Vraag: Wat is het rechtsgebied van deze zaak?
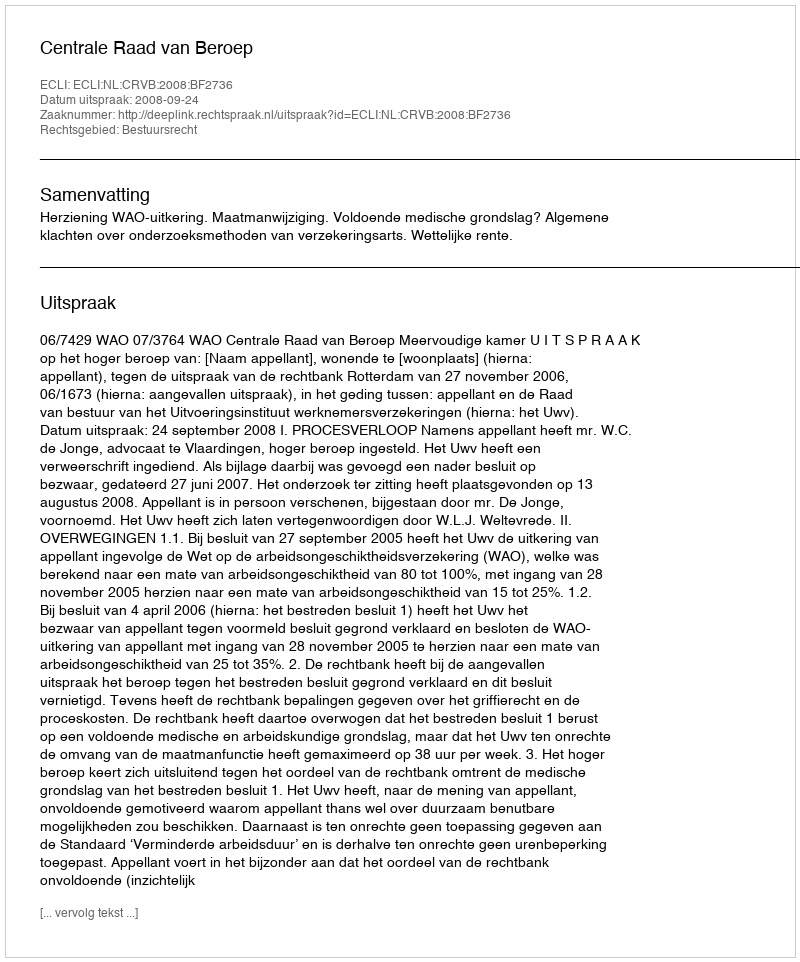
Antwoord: Bestuursrecht